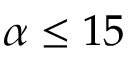
\alpha \le 1 5